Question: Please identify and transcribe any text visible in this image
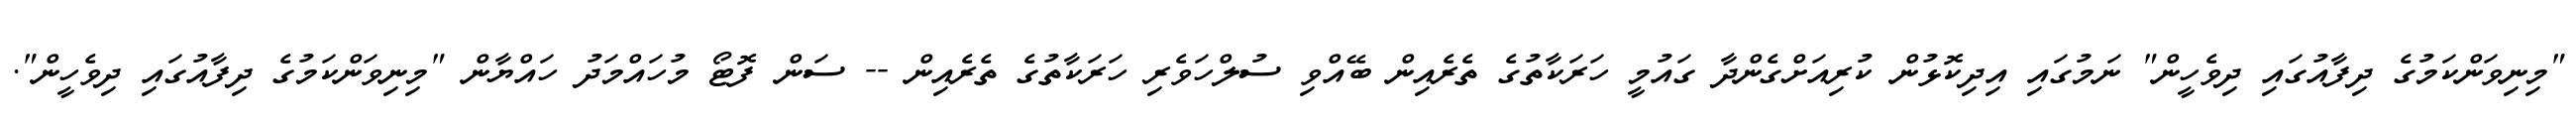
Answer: "މިނިވަންކަމުގެ ދިފާއުގައި ދިވެހީން" ނަމުގައި އިދިކޮޅުން ކުރިއަށްގެންދާ ގައުމީ ހަރަކާތުގެ ތެރެއިން ބޭއްވި ސުލްހަވެރި ހަރަކާތުގެ ތެރެއިން -- ސަން ފޮޓޯ މުހައްމަދު ހައްޔާން "މިނިވަންކަމުގެ ދިފާއުގައި ދިވެހީން".